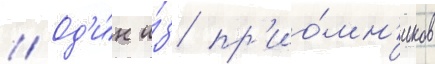
// Од'и́н и́з пр'ио́мн'иков